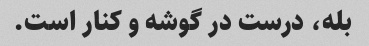
بله، درست در گوشه و کنار است.